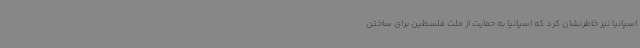
اسپانیا نیز خاطرنشان کرد که اسپانیا به حمایت از ملت فلسطین برای ساختن